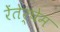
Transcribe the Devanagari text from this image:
रेंतेर्घेम